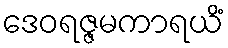
ဒေဝရဇ္ဇမကာရယိံ